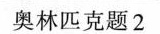
奥林匹克题2